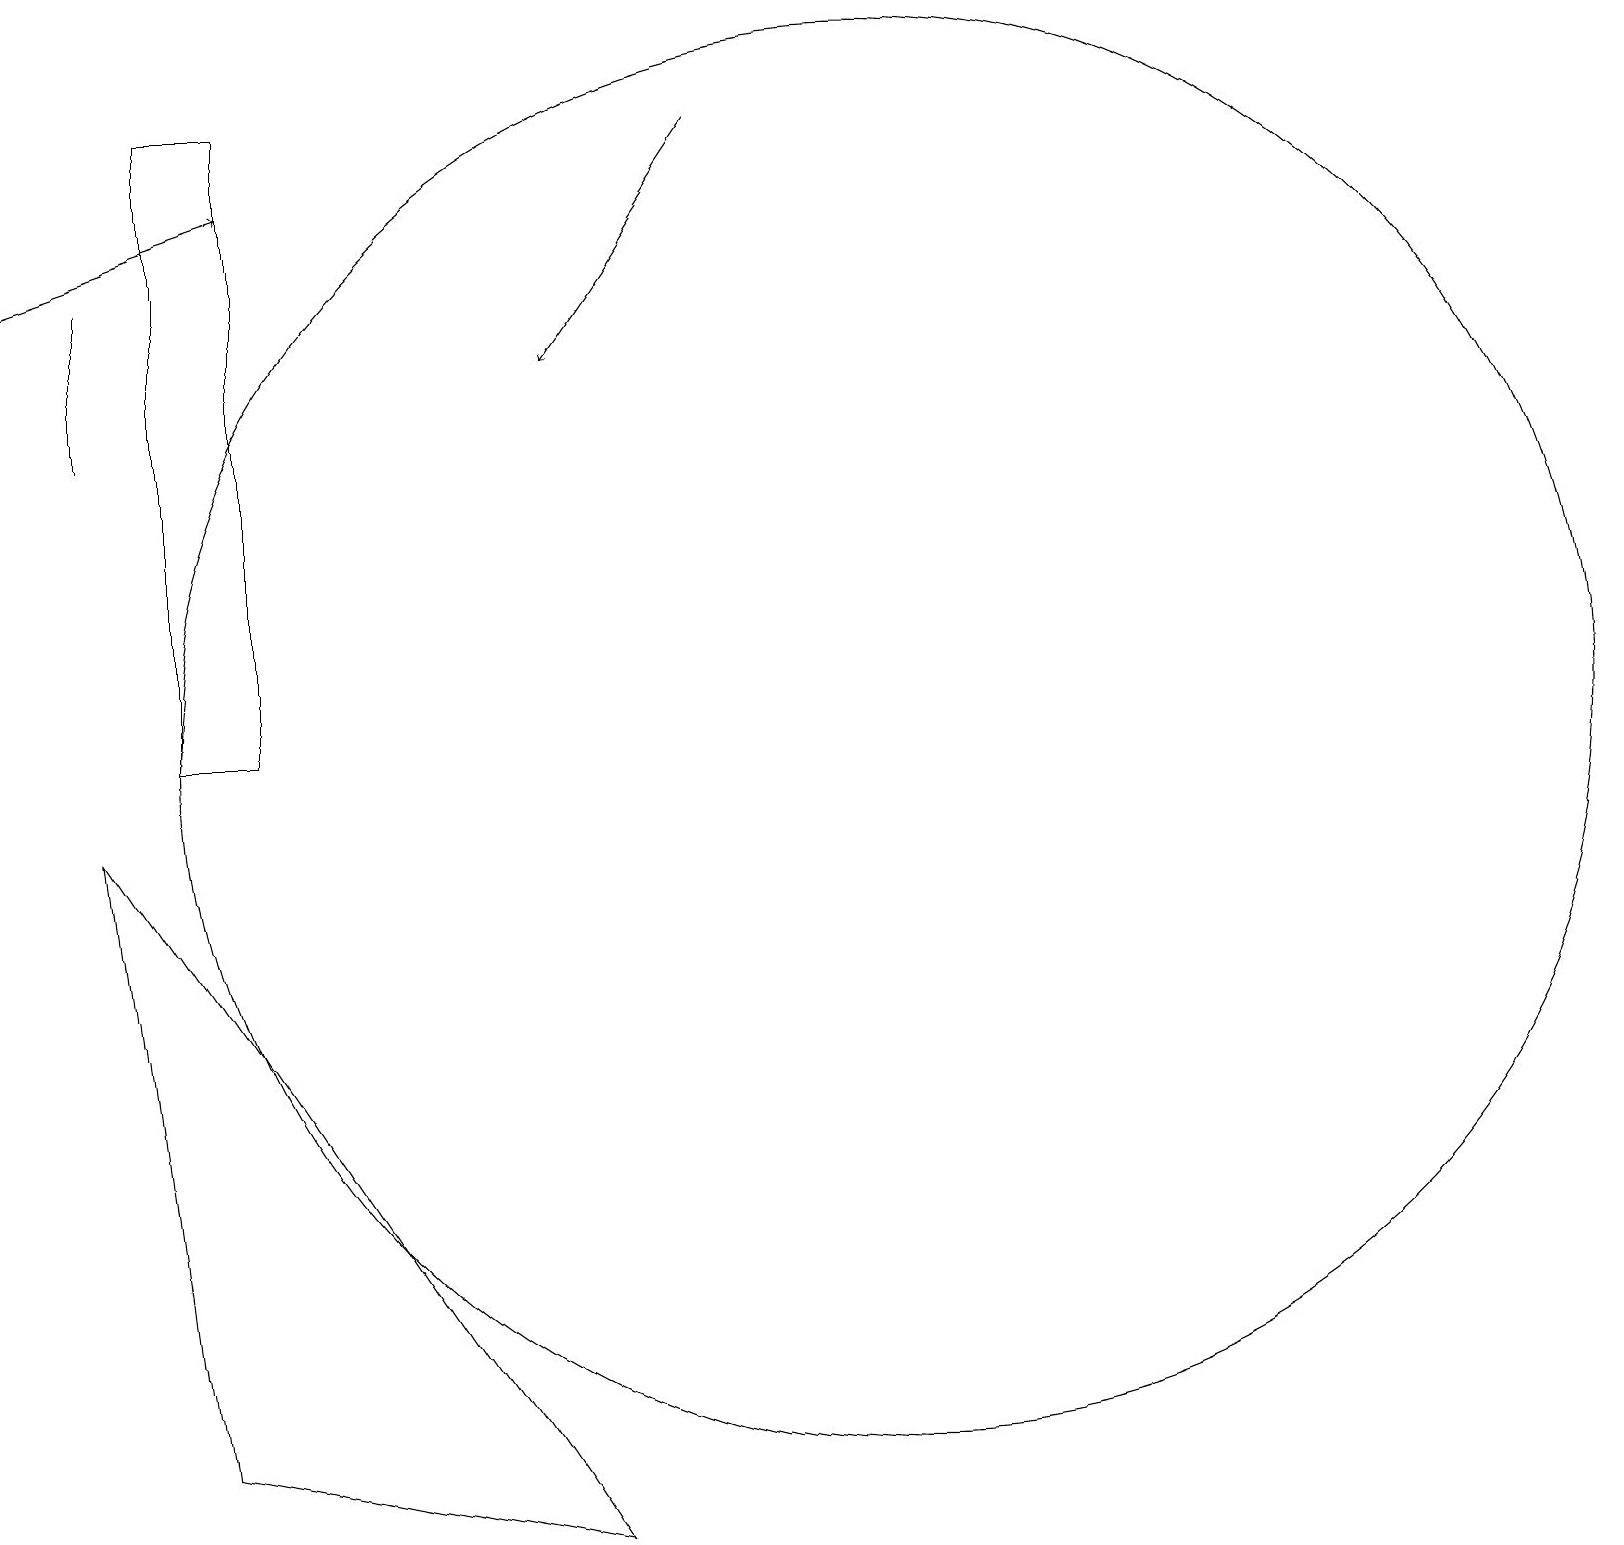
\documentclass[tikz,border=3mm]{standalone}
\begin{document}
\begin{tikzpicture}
\draw (2,1) -- (7,0) -- (1,9) -- cycle;
\draw[->] (0,16) -- (3,17);
\draw (1,16) rectangle (1,14);
\draw (11,10) circle (9);
\draw[->] (9,18) -- (7,15);
\draw (3,18) rectangle (2,10);
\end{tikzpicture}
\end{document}